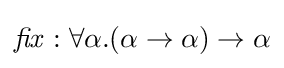
{\mathit {fix}}:\forall \alpha .(\alpha \rightarrow \alpha )\rightarrow \alpha